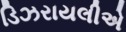
ડિઝરાયલીએ